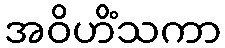
အဝိဟိံသကာ